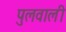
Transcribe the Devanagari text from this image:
पुलवाली